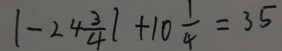
\vert - 2 4 \frac { 3 } { 4 } \vert + 1 0 \frac { 1 } { 4 } = 3 5